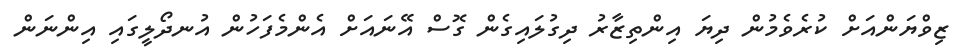
ޒިވްޔަންއަށް ކުރެވެމުން ދިޔަ އިންތިޒާރު ދިގުލައިގެން ގޮސް އޭނައަށް އެންމެފަހުން އުނދޯލީގައި އިންނަން